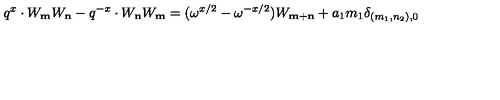
q ^ { x } \cdot W _ { \bf m } W _ { \bf n } - q ^ { - x } \cdot W _ { \bf n } W _ { \bf m } = ( \omega ^ { x / 2 } - \omega ^ { - x / 2 } ) W _ { { \bf m } + { \bf n } } + a _ { 1 } m _ { 1 } \delta _ { ( m _ { 1 } , n _ { 2 } ) , 0 }